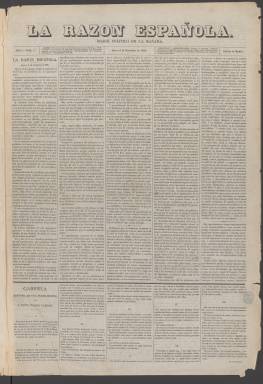
Título: La Razón española (Madrid)
Colección: Periódicos
Ámbito geográfico: Madrid
Lugar de publicación: Madrid
Fechas: 05/11/1863-21/03/1866